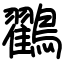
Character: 鸐